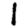
Digit: 1